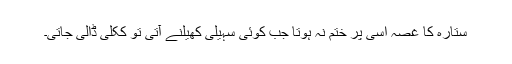
ستارہ کا غصہ اسی پر ختم نہ ہوتا جب کوئی سہیلی کھیلنے آتی تو ککلی ڈالی جاتی۔